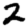
Digit: 2